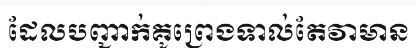
ដែលបញ្ជាក់គូព្រេងទាល់តែវាមាន